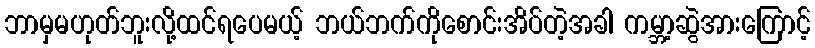
ဘာမှမဟုတ်ဘူးလို့ထင်ရပေမယ့် ဘယ်ဘက်ကိုစောင်းအိပ်တဲ့အခါ ကမ္ဘာ့ဆွဲအားကြောင့်